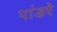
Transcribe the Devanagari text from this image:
पांडरे